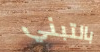
بالتبني